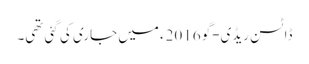
ڈاٹسن ریڈی-گو 2016ء میں جاری کی گئی تھی۔